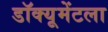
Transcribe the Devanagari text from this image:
डॉक्यूमेंटला